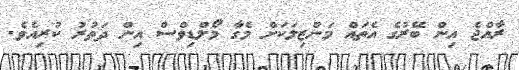
ރާއްޖެ އިން ބޭރުގެ އެތައް މަންޒިލަކަށް މެގާ މޯލްޑިވްސް އިން ދަތުރު ކުރިއެވެ.